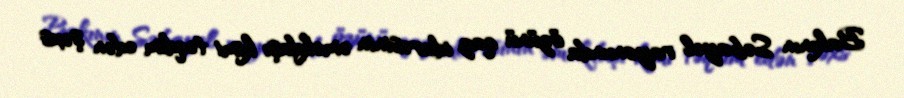
Bakının Səbayel rayonunda özünü qaz idarəsinin əməkdaşı kimi təqdim edən şəxs